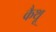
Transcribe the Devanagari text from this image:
कैथू